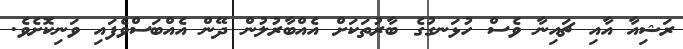
ރަޝިއާ އާއި ޗައިނާ ވެސް ހުޅަނގުގެ ބާރުތަކަށް އެއްބާރުލުން ދޭން އެއްބަސްވެފައި ވަނިކޮށެވެ.